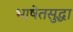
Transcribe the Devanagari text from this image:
भाषेतसुद्धा